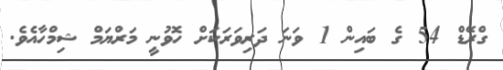
ގްރޭޑް 54 ގެ ބައިން 1 ވަނަ ދަރިވަރަކަށް ހޮވުނީ މަރްޔަމް ޝިމްހާއެވެ.